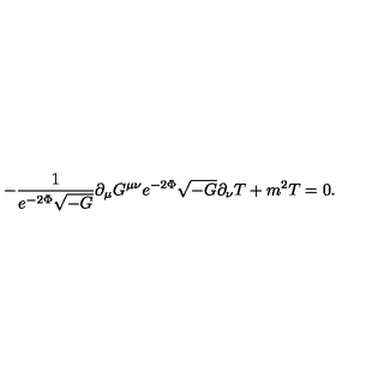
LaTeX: - \frac { 1 } { e ^ { - 2 \Phi } \sqrt { - G } } \partial _ { \mu } G ^ { \mu \nu } e ^ { - 2 \Phi } \sqrt { - G } \partial _ { \nu } T + m ^ { 2 } T = 0 .